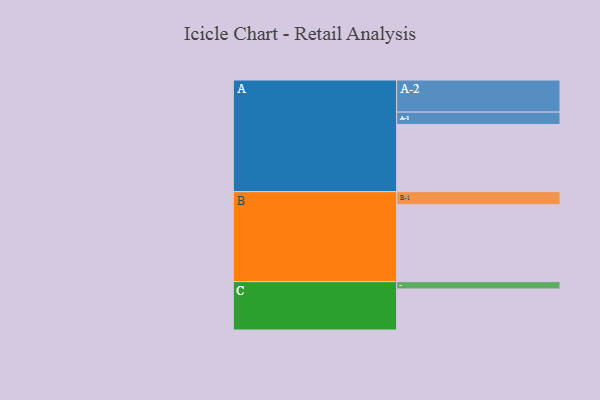
{"axis": {"x": "Segment", "y": "Value"}, "legend": ["", "A", "B", "C"], "data": [{"x": "A", "y": 496, "type": ""}, {"x": "B", "y": 567, "type": ""}, {"x": "C", "y": 303, "type": ""}, {"x": "A-1", "y": 91, "type": "A"}, {"x": "A-2", "y": 237, "type": "A"}, {"x": "B-1", "y": 97, "type": "B"}, {"x": "C-1", "y": 54, "type": "C"}]}